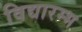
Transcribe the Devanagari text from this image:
विद्यारम्भ